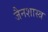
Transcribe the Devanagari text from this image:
जैनशास्त्र